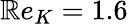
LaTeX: \mathbb{R}e_{K}=1.6